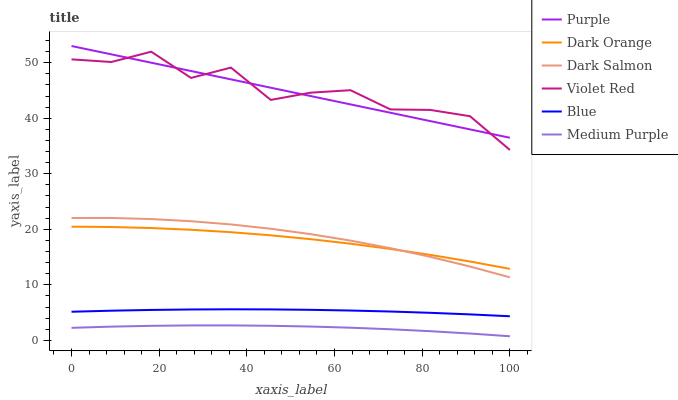
| xaxis_label | Purple | Dark Orange | Dark Salmon | Violet Red | Blue | Medium Purple |
 | --- | --- | --- | --- | --- | --- | --- |
 | 0 | 53 | 20.5 | 22 | 50.6 | 5.16 | 2.26 |
 | 9.09 | 51.5 | 20.4 | 22 | 50.1 | 5.35 | 2.48 |
 | 18.2 | 50 | 20.2 | 21.8 | 52 | 5.48 | 2.62 |
 | 27.3 | 48.5 | 19.9 | 21.5 | 47.3 | 5.57 | 2.69 |
 | 36.4 | 47 | 19.5 | 20.9 | 49.1 | 5.6 | 2.7 |
 | 45.5 | 45.5 | 18.9 | 20.1 | 43.3 | 5.58 | 2.63 |
 | 54.5 | 44 | 18.2 | 19.1 | 44.6 | 5.5 | 2.49 |
 | 63.6 | 42.5 | 17.4 | 18 | 45 | 5.38 | 2.28 |
 | 72.7 | 41 | 16.5 | 16.6 | 41.6 | 5.2 | 2 |
 | 81.8 | 39.5 | 15.4 | 15 | 41.5 | 4.97 | 1.66 |
 | 90.9 | 38 | 14.2 | 13.3 | 40.4 | 4.68 | 1.24 |
 | 100 | 36.5 | 12.9 | 11.4 | 34.3 | 4.34 | 0.745 |